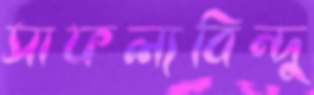
সাফল্যবিন্দু